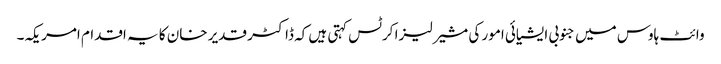
وائٹ ہاوس میں جنوبی ایشیائی امور کی مشیر لیزا کرٹس کہتی ہیں کہ ڈاکٹر قدیر خان کا یہ اقدام امریکہ۔